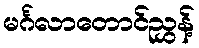
မင်္ဂလာတောင်ညွှန့်